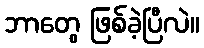
ဘာတွေ ဖြစ်ခဲ့ပြီလဲ။